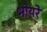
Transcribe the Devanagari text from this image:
भोयरे